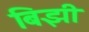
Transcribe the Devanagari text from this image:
बिझी